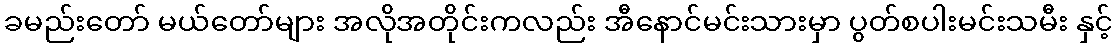
ခမည်းတော် မယ်တော်များ အလိုအတိုင်းကလည်း အီနောင်မင်းသားမှာ ပွတ်စပါးမင်းသမီး နှင့်